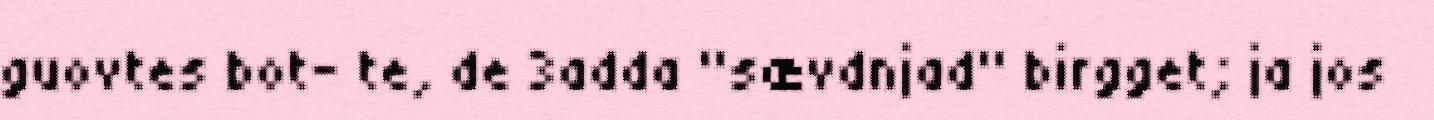
guovtes bot- te, de 3adda "sævdnjad" birgget; ja jos